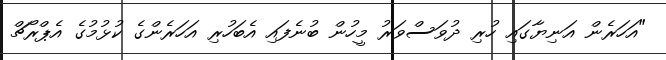
"އަހަރެން އަނިޔާގައި ހުރި ދުވަސްވަރު މީހުން ބުނެފައި އެބަހުރި އަހަރެންގެ ކުޅުމުގެ އެޕްރޯޗް